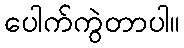
ပေါက်ကွဲတာပါ။